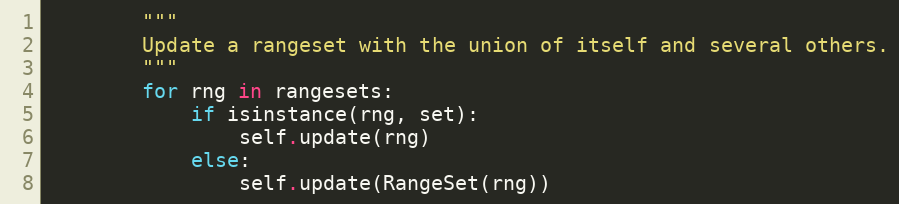
Language: Python
        """
        Update a rangeset with the union of itself and several others.
        """
        for rng in rangesets:
            if isinstance(rng, set):
                self.update(rng)
            else:
                self.update(RangeSet(rng))